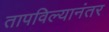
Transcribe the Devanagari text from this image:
तापविल्यानंतर